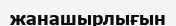
жанашырлығын